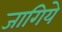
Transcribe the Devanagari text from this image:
जागिये